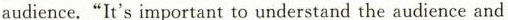
audience."It's important to understand the audience and